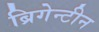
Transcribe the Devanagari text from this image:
ब्रिगेन्टीन